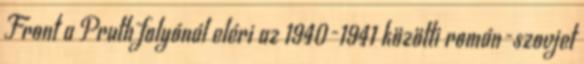
Front a Pruth folyónál eléri az 1940-1941 közötti román-szovjet